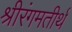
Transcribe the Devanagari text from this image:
श्रीरंगमतीर्थ